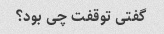
گفتی توقفت چی بود؟